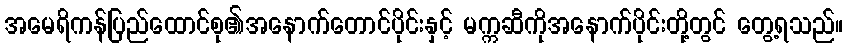
အမေရိကန်ပြည်ထောင်စု၏အနောက်တောင်ပိုင်းနှင့် မက္ကဆီကိုအနောက်ပိုင်းတို့တွင် တွေ့ရသည်။